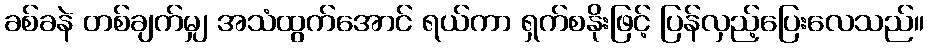
ခစ်ခနဲ တစ်ချက်မျှ အသံထွက်အောင် ရယ်ကာ ရှက်စနိုးဖြင့် ပြန်လှည့်ပြေးလေသည်။